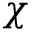
\chi